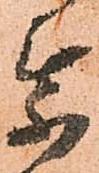
乗